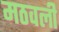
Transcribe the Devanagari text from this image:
मठवली